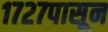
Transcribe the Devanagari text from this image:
१७२७पासून